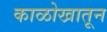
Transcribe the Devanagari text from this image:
काळोखातून